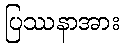
ပြဿနာအား